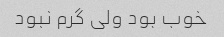
خوب بود ولی گرم نبود